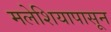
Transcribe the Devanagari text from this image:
मलेशियापासून